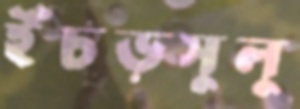
ইঁচড়সুলু